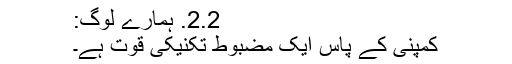
2.2. ہمارے لوگ:
کمپنی کے پاس ایک مضبوط تکنیکی قوت ہے۔